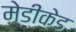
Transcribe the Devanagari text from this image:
मेडीकेड